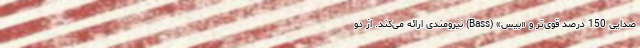
صدایی 150 درصد قوی‌تر و «بیس» (Bass) نیرومندی ارائه می‌کند. از دو